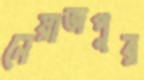
নেয়াজপুর